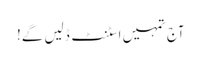
آج تمہیں اسٹنٹ ڈلیں گے!